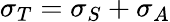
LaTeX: \sigma_{T}=\sigma_{S}+\sigma_{A}